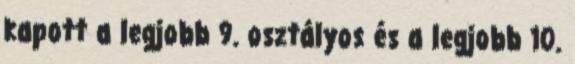
kapott a legjobb 9. osztályos és a legjobb 10.